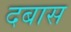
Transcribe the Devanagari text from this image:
दबास